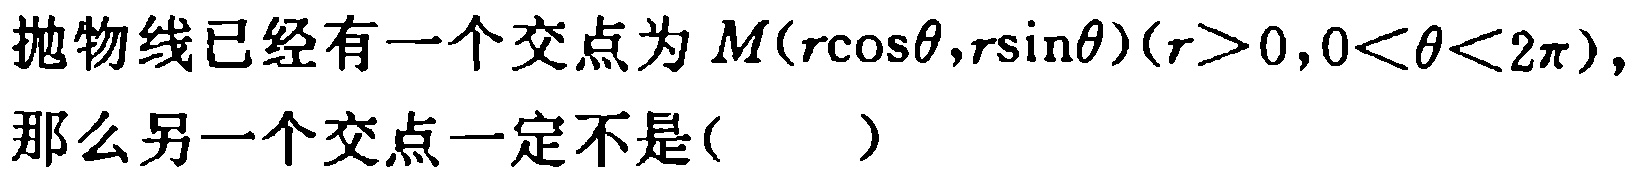
抛物线已经有一个交点为 \(M(r\cos\theta,r\sin\theta)(r > 0,0 < \theta < 2\pi)\)，那么另一个交点一定不是(  )